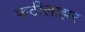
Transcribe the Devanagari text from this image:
फटीलाझर